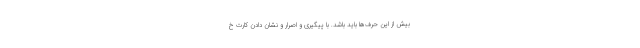
بیش از این حرف‌ها باید باشد. با پیگیری و اصرار و نشان دادن کارت خ